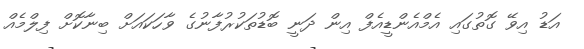
އަޑު އިވޭ ގޮތުގައި އެމްއެންޑީއެފް އިން ދަނީ ބޮޑުތަކުރުފާނުގެ ވާހަކައަށް ބިނާކޮށް ފިލްމެއް